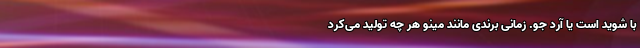
با شوید است یا آرد جو. زمانی برندی مانند مینو هر چه تولید می‌کرد